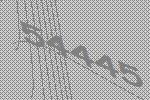
54445